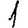
Digit: 1